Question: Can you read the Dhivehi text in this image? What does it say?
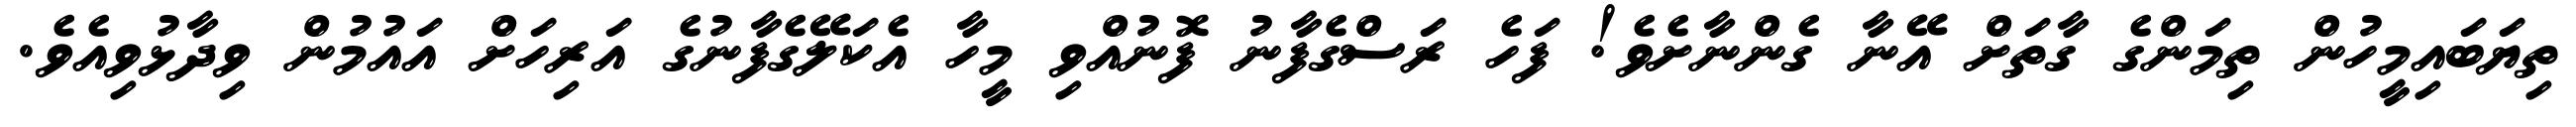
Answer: ތިޔަބައިމީހުން ތިމަންގެ ގާތަށް އޭނާ ގެންނާށެވެ! ފަހެ ރަސްގެފާނު ފޮނުއްވި މީހާ އެކަލޭގެފާނުގެ އަރިހަށް އައުމުން ވިދާޅުވިއެވެ.